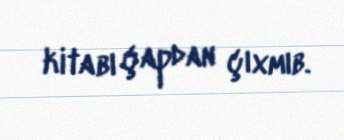
kitabı çapdan çıxmıb.